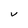
Character: V